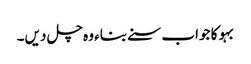
بہو کا جواب سنے بناء وہ چل دیں۔